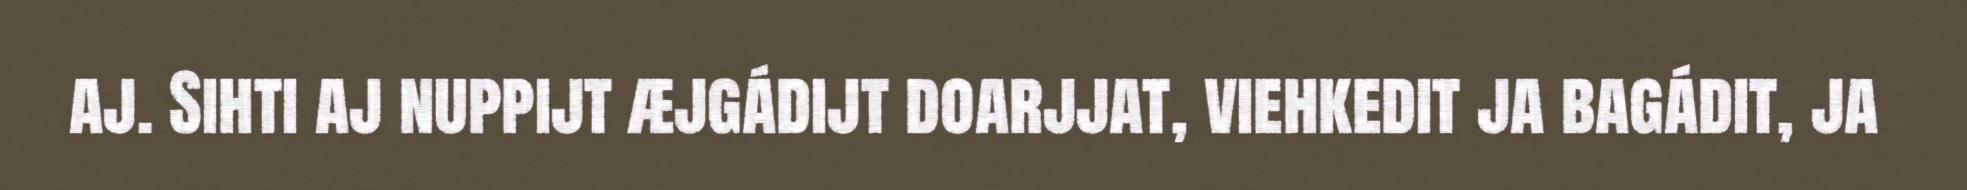
aj. Sihti aj nuppijt æjgádijt doarjjat, viehkedit ja bagádit, ja